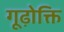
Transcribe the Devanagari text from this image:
गूढ़ोक्ति